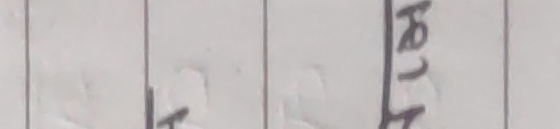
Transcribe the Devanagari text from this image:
हरा